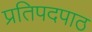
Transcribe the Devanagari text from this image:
प्रतिपदपाठ